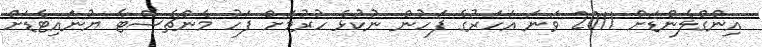
އިންގްލެންޑަށް 2011 ވަނަ އަހަރުގެ ފަހުން ނުކުޅެ ހުރުމަށް ފަހު މެންޗެސްޓާ ޔުނައިޓެޑަށް